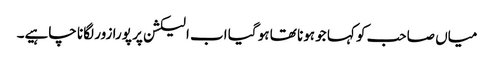
میاں صاحب کو کہا جو ہونا تھا ہو گیا اب الیکشن پر پورا زور لگانا چاہیے۔